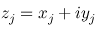
z _ { j } = x _ { j } + i y _ { j }